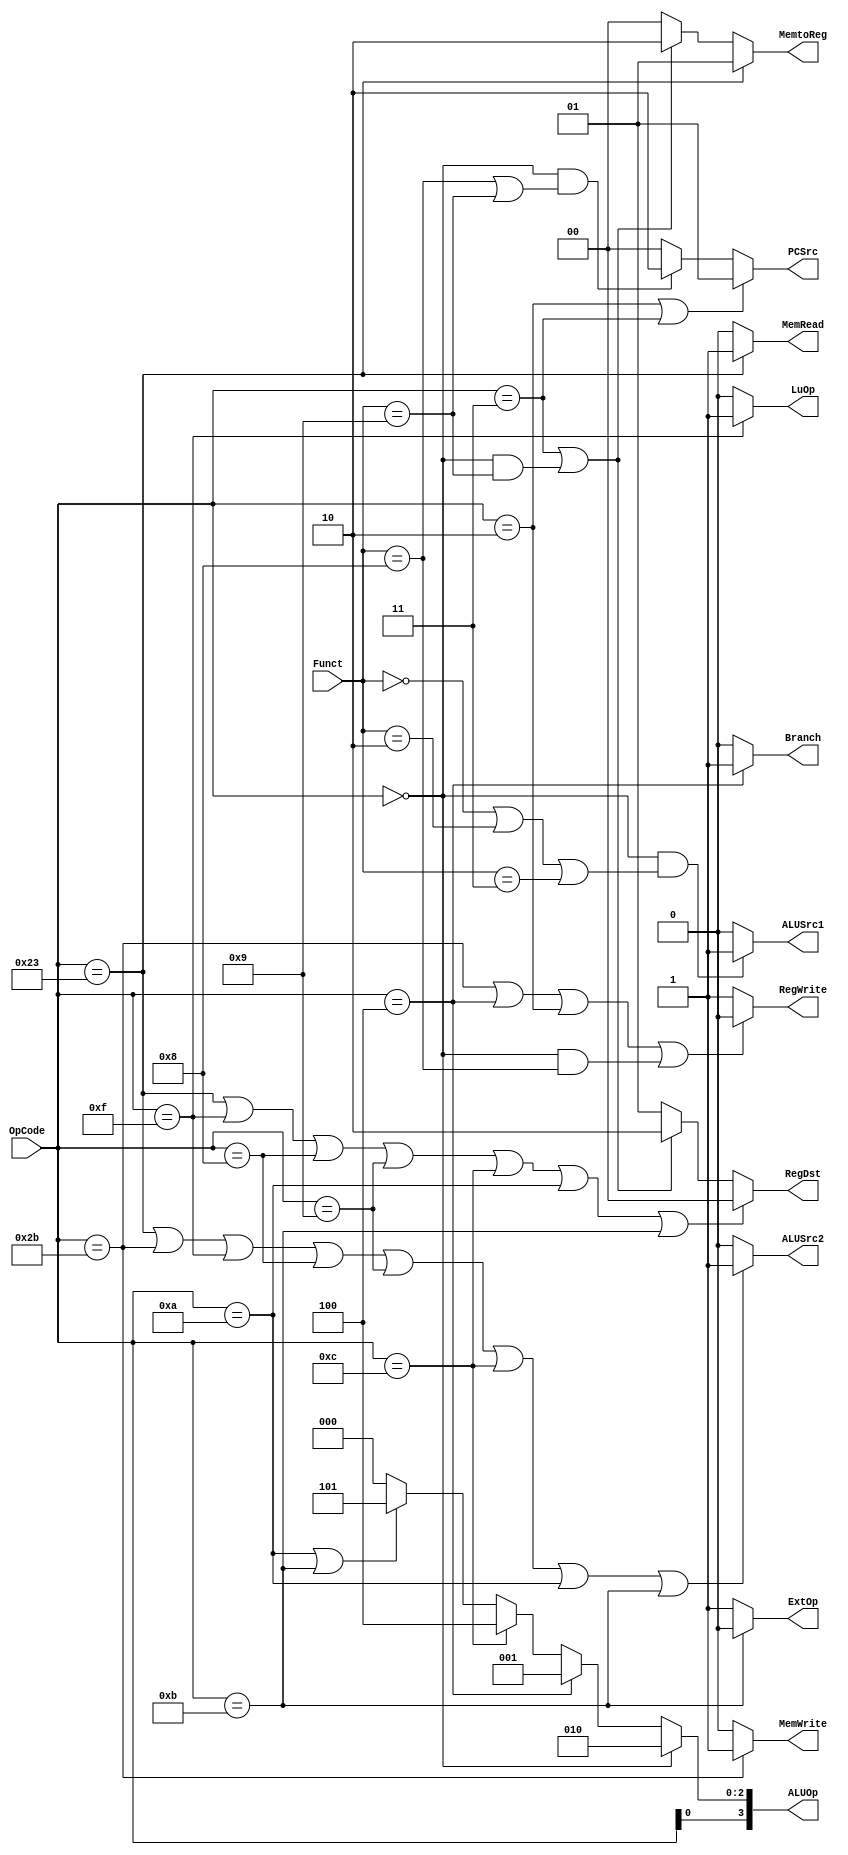
module Control(OpCode, Funct,
	PCSrc, Branch, RegWrite, RegDst,
	MemRead, MemWrite, MemtoReg,
	ALUSrc1, ALUSrc2, ExtOp, LuOp, ALUOp);
	input [5:0] OpCode;
	input [5:0] Funct;
	output [1:0] PCSrc;
	output Branch;
	output RegWrite;
	output [1:0] RegDst;
	output MemRead;
	output MemWrite;
	output [1:0] MemtoReg;
	output ALUSrc1;
	output ALUSrc2;
	output ExtOp;
	output LuOp;
	output [3:0] ALUOp;

	// Your code below

	assign PCSrc =
		(OpCode == 6'h02 || OpCode == 6'h03) ? 2'b01 :
		(OpCode == 6'h00 && (Funct == 6'h08 ||
							 Funct == 6'h09)) ? 2'b10 : 2'b00;

	assign Branch = (OpCode == 6'h04) ? 1'b1: 1'b0;

	assign RegWrite =
		(OpCode == 6'h2b ||
		 OpCode == 6'h04 ||
		 OpCode == 6'h02 ||
		 OpCode == 6'h00 && Funct == 6'h08) ? 1'b0 : 1'b1;

	assign RegDst =
		(OpCode == 6'h23 ||
		 OpCode == 6'h0f ||
		 OpCode == 6'h08 ||
		 OpCode == 6'h09 ||
		 OpCode == 6'h0c ||
		 OpCode == 6'h0a ||
		 OpCode == 6'h0b) ? 2'b00 :
		(OpCode == 6'h03 ||
		 OpCode == 6'h00 && Funct == 6'h09) ? 2'b10 : 2'b01;

	assign MemRead = (OpCode == 6'h23) ? 1'b1 : 1'b0;

	assign MemWrite = (OpCode == 6'h2b) ? 1'b1 : 1'b0;

	assign MemtoReg =
		(OpCode == 6'h23) ? 2'b01 :
		(OpCode == 6'h03 ||
		 OpCode == 6'h00 && Funct == 6'h09) ? 2'b10 : 2'b00;

	assign ALUSrc1 =
		(OpCode == 6'h00 && (Funct == 6'h00 ||
							 Funct == 6'h02 ||
							 Funct == 6'h03)) ? 1'b1 : 1'b0;

	assign ALUSrc2 =
		(OpCode == 6'h23 ||
		 OpCode == 6'h2b ||
		 OpCode == 6'h0f ||
		 OpCode == 6'h08 ||
		 OpCode == 6'h09 ||
		 OpCode == 6'h0c ||
		 OpCode == 6'h0a ||
		 OpCode == 6'h0b) ? 1'b1 : 1'b0;

	assign ExtOp = (OpCode == 6'h0b) ? 1'b0 : 1'b1;

	assign LuOp = (OpCode == 6'h0f) ? 1'b1 : 1'b0;

	// Your code above

	assign ALUOp[2:0] =
		(OpCode == 6'h00)? 3'b010:
		(OpCode == 6'h04)? 3'b001:
		(OpCode == 6'h0c)? 3'b100:
		(OpCode == 6'h0a || OpCode == 6'h0b)? 3'b101:
		3'b000;

	assign ALUOp[3] = OpCode[0];

endmodule